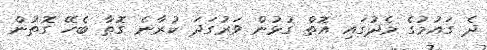
ދެ ގައުމުގެ މެދުގައި އޮތް ގުޅުން ވަރުގަދަ ކުރާނެ ގޮތާ ބެހޭ ގޮތުން